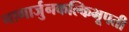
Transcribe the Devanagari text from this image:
नागार्जुनकल्किभूपती